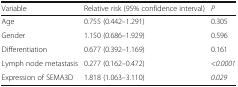
| Variable | Relative risk (95% confidence interval) | P |
 | --- | --- | --- |
 | Age | 0.755 (0.442–1.291) | 0.305 |
 | Gender | 1.150 (0.686–1.929) | 0.596 |
 | Differentiation | 0.677 (0.392–1.169) | 0.161 |
 | Lymph node metastasis | 0.277 (0.162–0.472) | <0.0001 |
 | Expression of SEMA3D | 1.818 (1.063–3.110) | 0.029 |